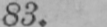
83.